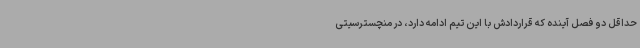
حداقل دو فصل آینده که قراردادش با این تیم ادامه دارد، در منچسترسیتی